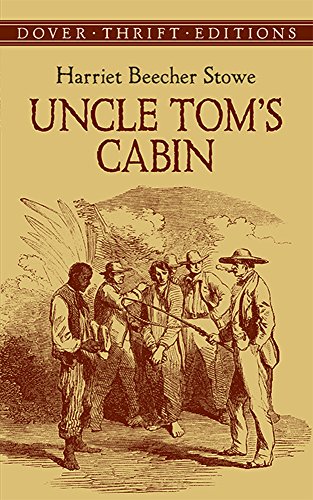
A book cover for Uncle Tom's Cabin (Dover Thrift Editions); Harriet Beecher Stowe; Literature & Fiction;